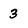
Character: 3